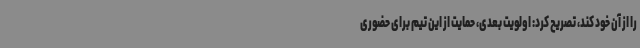
را از آن خود کند، تصریح کرد: اولویت بعدی، حمایت از این تیم برای حضوری